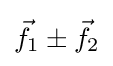
{\vec {f}}_{1}\pm {\vec {f}}_{2}